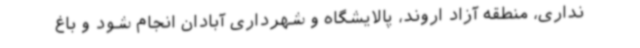
نداری، منطقه آزاد اروند، پالایشگاه و شهرداری آبادان انجام شود و باغ